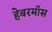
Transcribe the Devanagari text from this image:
हेबरमॉस